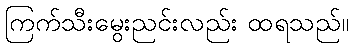
ကြက်သီးမွေးညင်းလည်း ထရသည်။